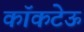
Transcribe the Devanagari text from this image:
कॉकटेऊ